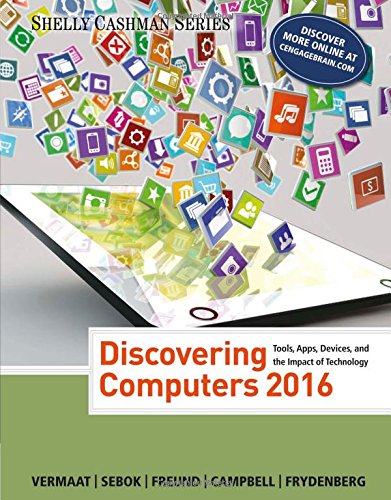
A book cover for Discovering Computers Â©2016 (Shelly Cashman); Misty E. Vermaat; Computers & Technology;